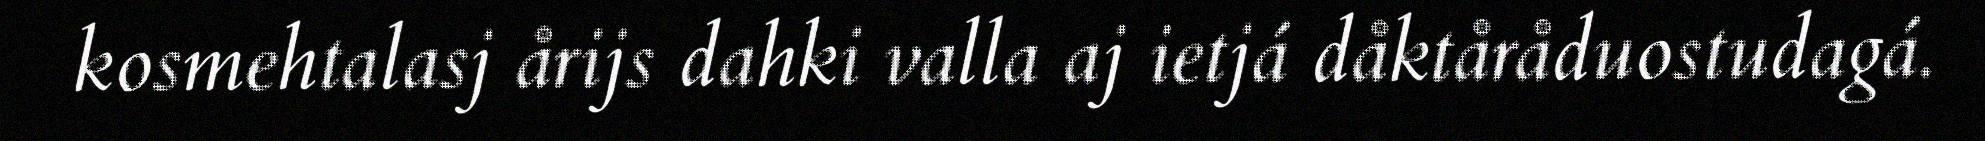
kosmehtalasj årijs dahki valla aj ietjá dåktåråduostudagá.